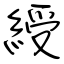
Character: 綬